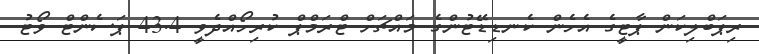
ރިޕަބްލިކަން ޕާޓީގެ އެހެން ކެނޑިޑޭޓުންގެ މައްޗަށް ޓްރަމްޕް ކުރިހޯއްދެވީ 43.4 ޕަސެންޓް ވޯޓު